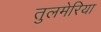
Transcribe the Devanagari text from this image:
तुलमेरिया